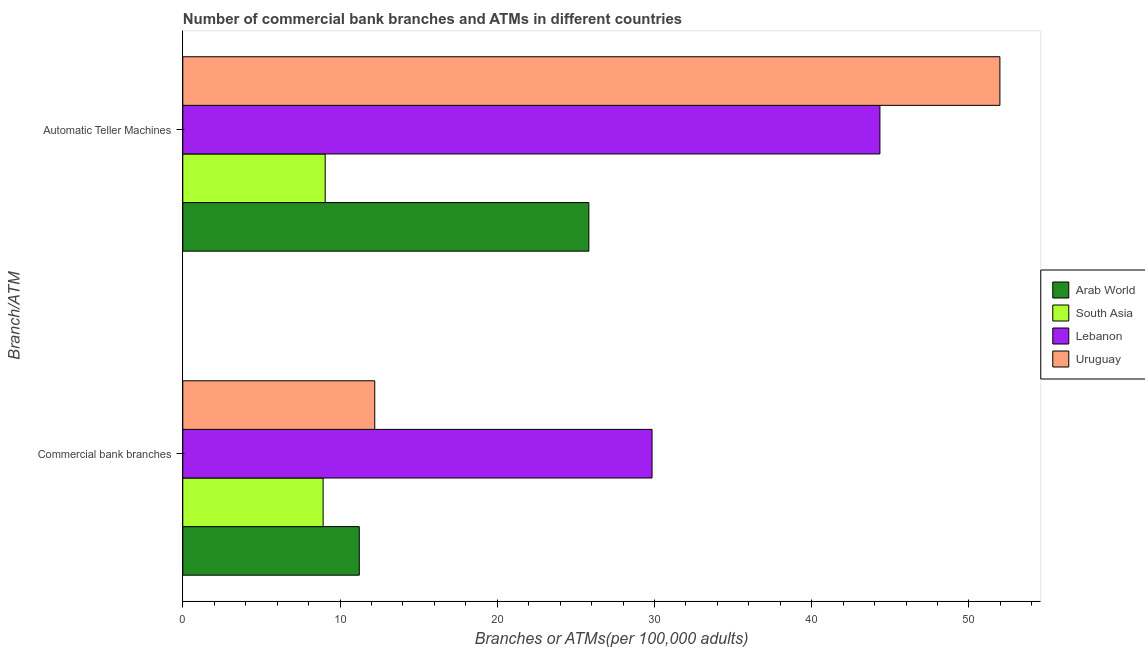
| Branch/ATM | Arab World | South Asia | Lebanon | Uruguay |
 | --- | --- | --- | --- | --- |
 | Commercial bank branches | 11.2 | 8.93 | 29.8 | 12.2 |
 | Automatic Teller Machines | 25.8 | 9.06 | 44.3 | 52 |